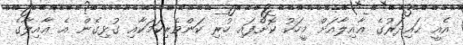
އެއީ ޙައިދަރުގެ ޢާއިލާއަށް މީހަކު ކޮށްފައި ހުރި ކަންވެރިކަމަކާއި ގުޅިގެން އެ ޢާއިލާގެ